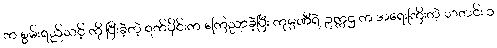
က စွမ်းရည်သင့် ကို ပြီးခဲ့တဲ့ ရက်ပိုင်းက ကြေညာခဲ့ပြီး ကုမ္ပဏီရဲ့ ဥက္ကဌ က အရေးကြီးတဲ့ သတင်း ၁